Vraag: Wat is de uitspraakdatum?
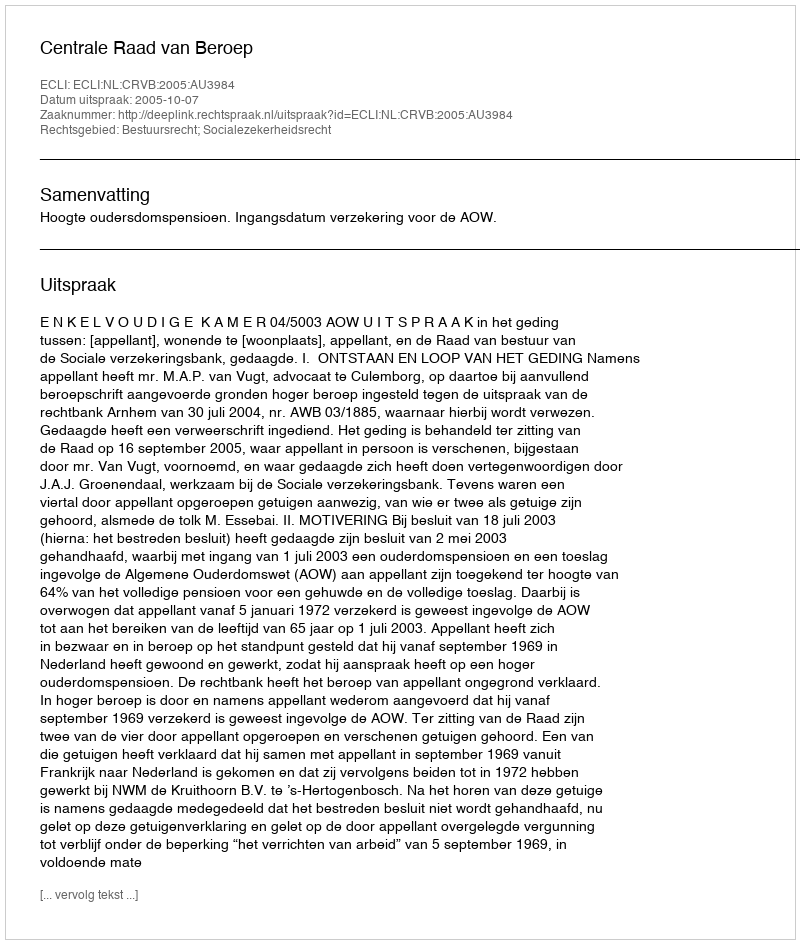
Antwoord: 2005-10-07